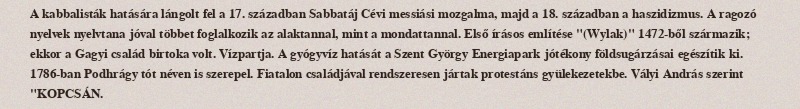
A kabbalisták hatására lángolt fel a 17. században Sabbatáj Cévi messiási mozgalma, majd a 18. században a haszidizmus. A ragozó nyelvek nyelvtana jóval többet foglalkozik az alaktannal, mint a mondattannal. Első írásos említése "(Wylak)" 1472-ből származik; ekkor a Gagyi család birtoka volt. Vízpartja. A gyógyvíz hatását a Szent György Energiapark jótékony földsugárzásai egészítik ki. 1786-ban Podhrágy tót néven is szerepel. Fiatalon családjával rendszeresen jártak protestáns gyülekezetekbe. Vályi András szerint "KOPCSÁN.